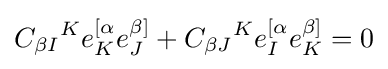
{C_{\beta I}}^{K}e_{K}^{[\alpha }e_{J}^{\beta ]}+{C_{\beta J}}^{K}e_{I}^{[\alpha }e_{K}^{\beta ]}=0